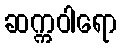
ဆက္ကဝါရော